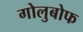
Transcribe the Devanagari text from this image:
गोलुबोफ